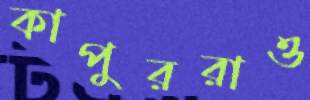
কাপুররাও